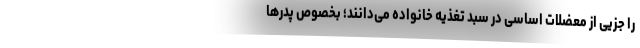
را جزیی از معضلات اساسی در سبد تغذیه خانواده می‌دانند؛ بخصوص پدرها